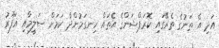
އަދި އެ ތަނުގެ ތެރޭގައި ކޮރަޕްޝަންގެ އެތައް ހިނގަމުންދާ ކަމަށް ސަލީމާއި ޣަފޫރު